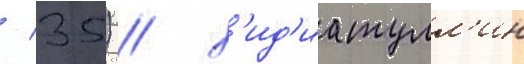
/ 35) / х'ид'иатулл'ин